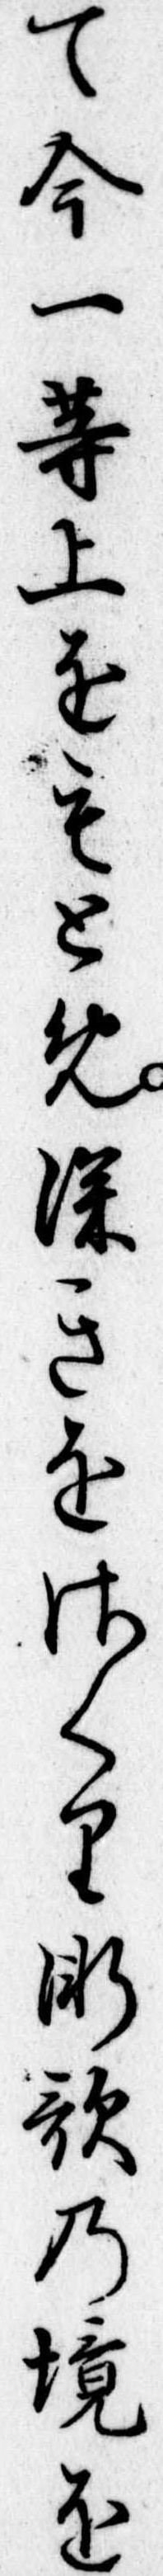
て今一等上をもとめ深きをさくり漸歌の境を